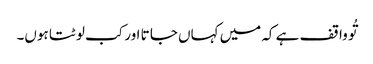
تُو وا قف ہے کہ میں کہاں جا تا اور کب لو ٹتا ہوں۔